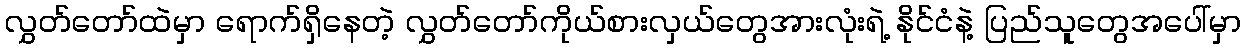
လွှတ်တော်ထဲမှာ ရောက်ရှိနေတဲ့ လွှတ်တော်ကိုယ်စားလှယ်တွေအားလုံးရဲ့ နိုင်ငံနဲ့ ပြည်သူတွေအပေါ်မှာ